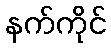
နက်ကိုင်